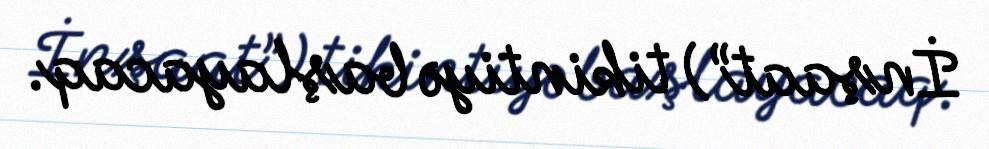
İnşaat”) tikintiyə başlayacaq.